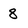
Character: 8